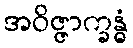
အဝိဇ္ဇာက္ခန္ဓံ